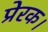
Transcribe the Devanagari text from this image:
प्रेरक।